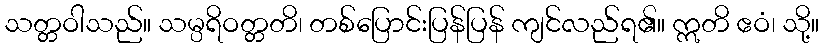
သတ္တဝါသည်။ သမ္ပရိဝတ္တတိ၊ တစ်ပြောင်းပြန်ပြန် ကျင်လည်ရ၏။ ဣတိ ဧဝံ၊ သို့။